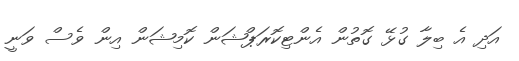
އަދި އެ ބިލާ ގުޅޭ ގޮތުން އެންޓިކޮރަޕްޝަން ކޮމިޝަން އިން ވެސް ވަނީ